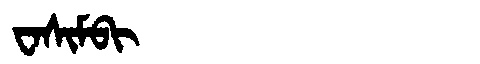
Manchu: ᠸᠠᠰᡳᠮᠪᡳ
Romanization: WASIMBI